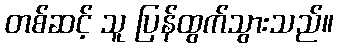
တစ်ဆင့် သူ ပြန်ထွက်သွားသည်။